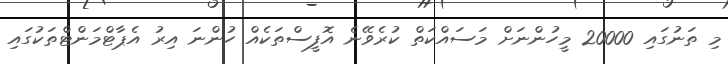
މި ތަނުގައި 20000 މީހުންނަށް މަސައްކަތް ކުރެވޭނެ އޮފީސްތަކެއް ހުންނަ އިރު އެޕާޓްމަންޓްތަކުގައި